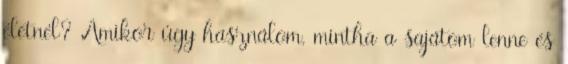
életnél? Amikor úgy használom, mintha a sajátom lenne és